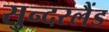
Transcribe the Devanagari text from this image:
सुन्दरलैंड